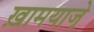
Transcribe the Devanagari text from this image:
ख़ामयाजे़